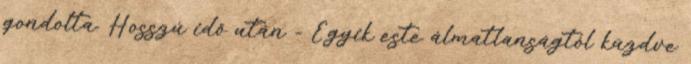
gondolta. Hosszú idő után - Egyik este álmatlanságtól küzdve